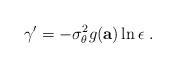
LaTeX: \begin{align*}\gamma'=-\sigma_\theta^2 g(\mathbf{a}) \ln{\epsilon}\;.\end{align*}